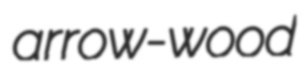
arrow-wood